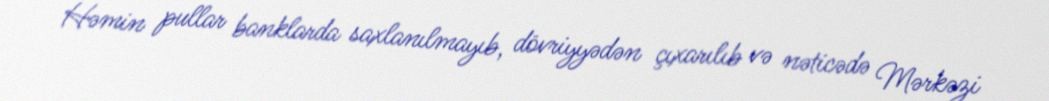
Həmin pullar banklarda saxlanılmayıb, dövriyyədən çıxarılıb və nəticədə Mərkəzi